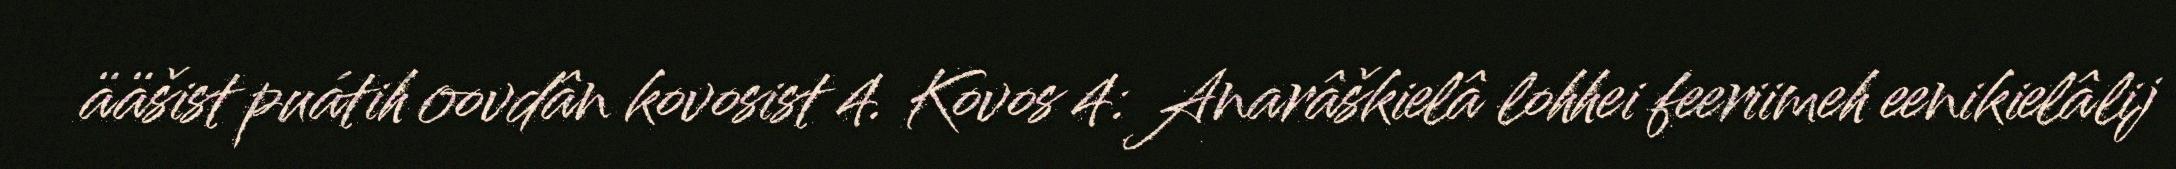
ääšist puátih oovdân kovosist 4. Kovos 4: Anarâškielâ lohhei feeriimeh eenikielâlij